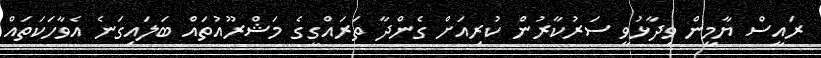
ރައީސް ޔާމީން ވިދާޅުވީ ސަރުކާރުން ކުރިއަށް ގެންދާ ތަރައްގީގެ މަޝްރޫއުތައް ބަލައިގަނެ އެވާހަކަތައް